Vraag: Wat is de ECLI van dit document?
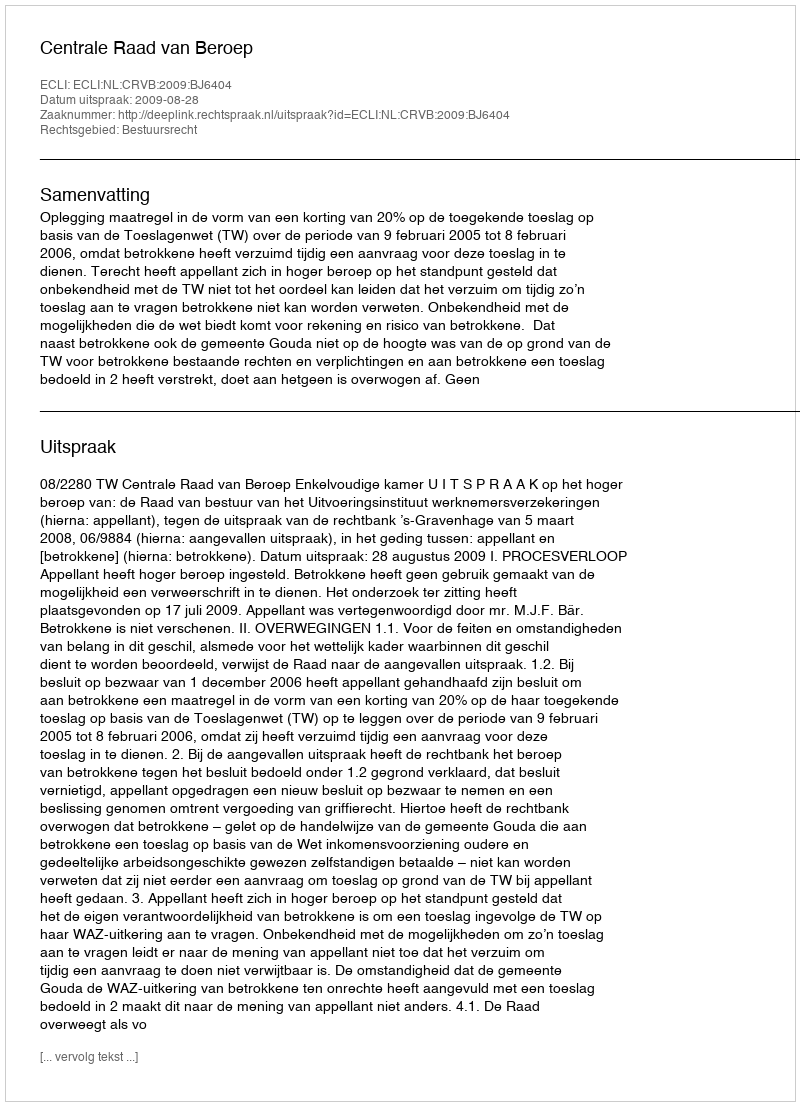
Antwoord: ECLI:NL:CRVB:2009:BJ6404